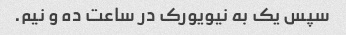
سپس یک به نیویورک در ساعت ده و نیم.